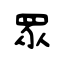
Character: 眾